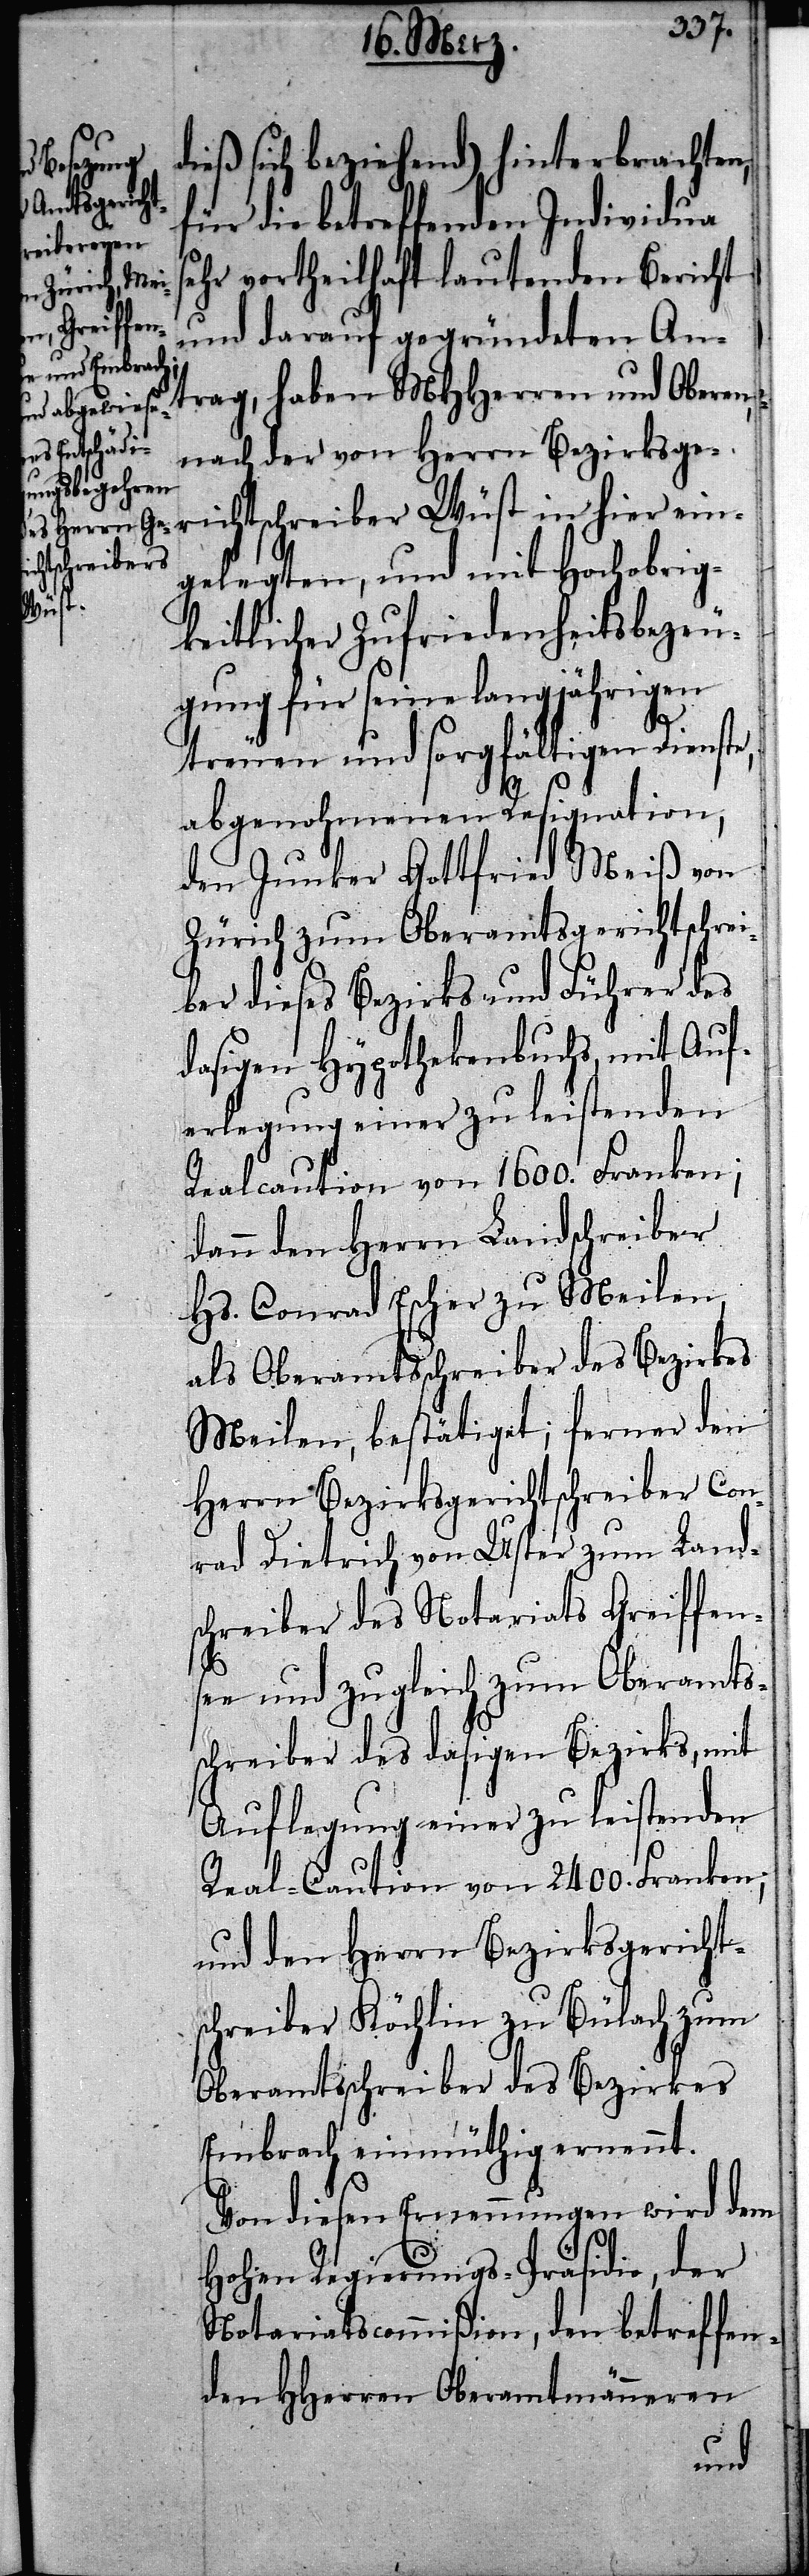
dieß sich beziehend) hinterbrachten,
für die betreffenden Individua
ehr vortheilhaft lautenden Bericht
und darauf gegründeten An¬
trag, haben MHHerren und Oberen,
nach der von Herrn Bezirksg¬
erichtschreiber Wüst in hier ein¬
gelegten, und mit Hochobrig¬
keitlicher Zufriedenheitsbezeu¬
gung für seine langjährigen
treuen und sorgfältigen Dienste,
abgenohmenen Resignation,
den Junker Gottfried Meiß von
Zürich zum Oberamtsgerichtschrei¬
ber dieses Bezirks und Führer des
dasigen Hypothekenbuchs, mit Auf¬
erlegung einer zu leistenden
Realcaution von 1600. Franken;
dann den Herrn Landschreiber
Hs. Conrad Escher zu Meilen
als Oberamtschreiber des Bezirkes
Meilen, bestätiget; ferner den
Herrn Bezirksgerichtschreiber Con¬
rad Dietrich von Uster zum Land¬
schreiber des Notariats Greiffen¬
s¬
ee und zugleich zum Oberamts¬
schreiber des dasigen Bezirks, mit
Auflegung einer zu leistenden
Real-Caution von 2400. Franken;
und den Herrn Bezirksgericht¬
schreiber Köchlin zu Bülach zum
Oberamtschreiber des Bezirkes
Embrach einmüthig ernennt.
Von diesen Ernennungen wird dem
Hohen Regierungs-Präsidio, der
Notariatscommißion, den betreffen¬
den HHerren Oberamtmänneren